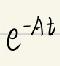
$e^{-A t}$